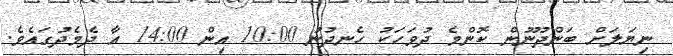
ނިޔަލަށް ބަންދުނޫން ކޮންމެ ދުވަހަކު ހެނދުނު 10:00 އިން 14:00 އާ ދެމެދުގައެވެ.